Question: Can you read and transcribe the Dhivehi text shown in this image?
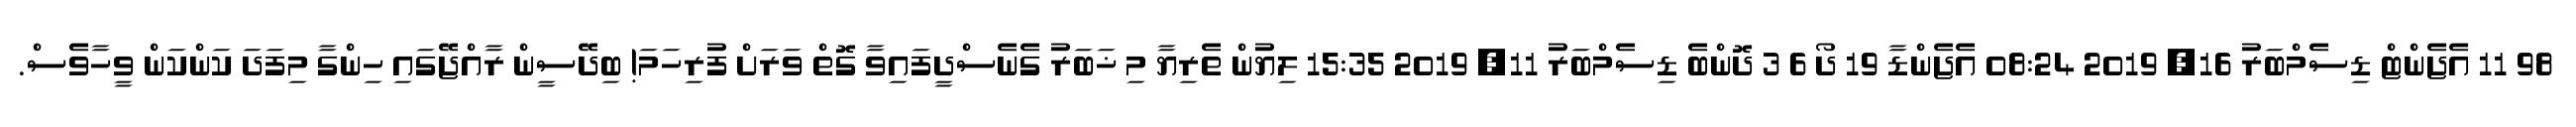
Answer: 98 11 އެޖެންޓް ޑިސެމްބަރު 16, 2019 08:24 އެޖެންޑާ 19 ދޯ 6 3 ދޮންބެ ޑިސެމްބަރު 11, 2019 15:35 ލިޔުން ތެރިޔާ މި ޚަބަރު ގެނެސްދީފައިވާ ގޮތް ވަރަށް ފުރިހަމަ! ބިދޭސީން ރާއްޖޭގައި ހިންގާ މިފަދަ ކަންކަން ވީހާވެސް.